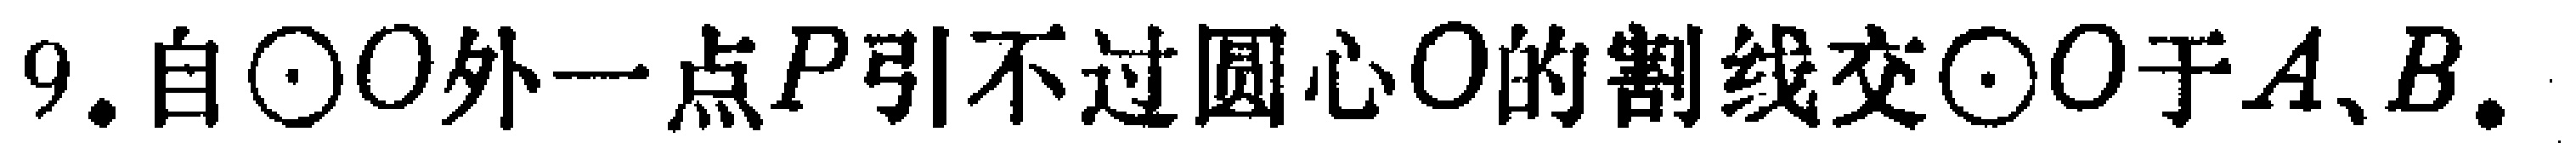
9. 自$\odot O$外一点$P$引不过圆心$O$的割线交$\odot O$于$A、B.$